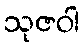
သုဇဝါ